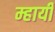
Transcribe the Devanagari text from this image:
म्हायी